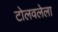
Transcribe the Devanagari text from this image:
टोलवलेला